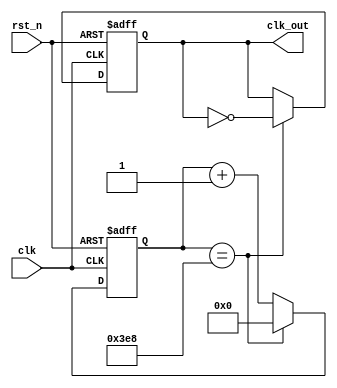

module divider1000(rst_n,clk,clk_out);
    input clk,rst_n;
    output reg clk_out;

reg [9:0] cnt;
 
 
always @(posedge clk or negedge rst_n)
begin
    if(!rst_n)
    begin
        cnt <= 0;
        clk_out <= 0;
    end
    else
    begin
        if(cnt == 1000)
        begin
            clk_out <= ~clk_out;
            cnt <= 0;
        end
        else
        begin
            cnt <= cnt + 1;
        end
    end
end

endmodule